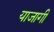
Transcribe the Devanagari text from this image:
याजागी